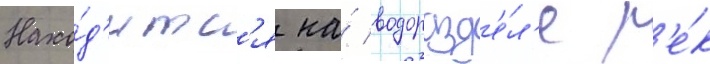
Нахо́д'итс'я на́ водоразд'е́л'е р'е́к